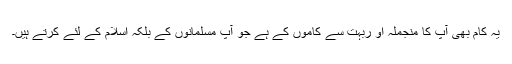
یہ کام بھی آپ کا منجملہ او ربہت سے کاموں کے ہے جو آپ مسلمانوں کے بلکہ اسلام کے لئے کرتے ہیں۔